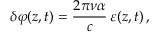
\delta \varphi ( z , t ) = \frac { 2 \pi \nu \alpha } { c } \, \varepsilon ( z , t ) \, ,